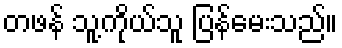
တဖန် သူ့ကိုယ်သူ ပြန်မေးသည်။